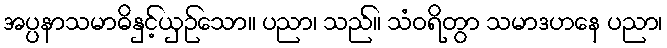
အပ္ပနာသမာဓိနှင့်ယှဉ်သော။ ပညာ၊ သည်။ သံဝရိတွာ သမာဒဟနေ ပညာ၊